Indian journal of veterinary science and animal husbandry - Volumes 18-21, 1948-1951
Year: 1948
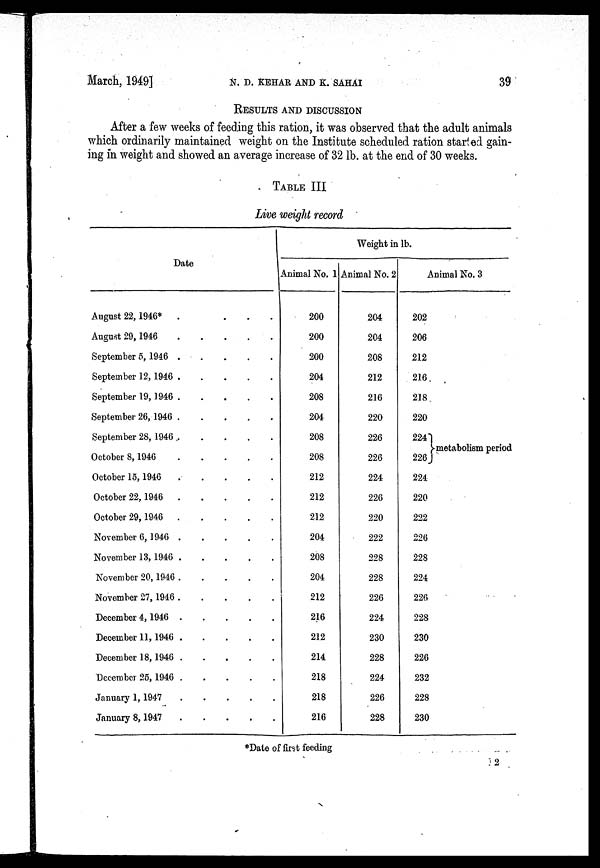
March, 1949]
N.
D.
KEHAR
AND
K.
SAHAI
39
RESULTS AND DISCUSSION
After a few weeks of feeding this ration, it was observed that the adult animals
which ordinarily maintained weight on the Institute scheduled ration started gain-
ing in weight and showed an average increase of 32 lb. at the end of 30 weeks.
TABLE III
Live weight record
Date
August 22,1946* . . . . .
August 29, 1946
.
.
.
.
.
September 5, 1946
.
.
.
.
.
September 12, 1946
.
.
.
.
.
September 19, 1946
.
.
.
.
.
September 26, 1946
.
.
.
.
.
September 28, 1946 . . . . .
October 8, 1946.
.
.
.
.
.
October 15, 1946
.
.
.
.
.
October 22, 1946
.
.
.
.
.
.
October 29, 1946 . . . . .
November 6, 1946
.
.
.
.
.
November 13, 1946 . . . . .
November 20, 1946
.
.
.
.
.
November 27, 1946
.
.
.
.
.
December 4, 1946
.
.
.
.
.
December 11, 1946
.
.
.
.
.
December 18, 1946
.
.
.
.
.
December 25, 1946
.
.
.
.
.
January 1, 1947 . . . . .
January 8, 1947
.
.
.
.
.
Weight in lb.
Animal No. 1
200
200
200
204
208
204
208
208
212
212
212
204
208
204
212
216
212
214
218
218
216
Animal No. 2
204
204
208
212
216
220
226
226
224
226
220
222
228
228
226
224
230
228
224
226
228
Animal No. 3
202
206
212
216
218
220
224
226
224
220
222
226
228
224
226
228
230
226
232
228
230
metabolism period
*Date of first feeding
J2